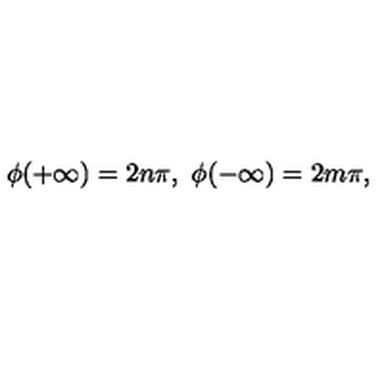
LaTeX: \phi ( + \infty ) = 2 n \pi , \ \phi ( - \infty ) = 2 m \pi ,